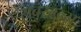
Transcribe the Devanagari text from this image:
सबस्टन्स